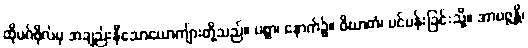
ထိုမဂ်ဖိုလ်မှ အချည်းနှီသောယောကျ်ားတို့သည်။ ပစ္ဆာ၊ နောက်၌။ ဝိဃာတံ၊ ပင်ပန်းခြင်းသို့။ အာပဇ္ဇန္တိ၊